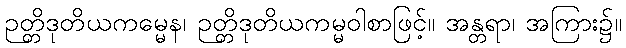
ဉတ္တိဒုတိယကမ္မေန၊ ဉတ္တိဒုတိယကမ္မဝါစာဖြင့်။ အန္တရာ၊ အကြား၌။